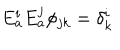
LaTeX: E _ { a } ^ { i } E _ { a } ^ { j } \phi _ { j k } = \delta _ { k } ^ { i }